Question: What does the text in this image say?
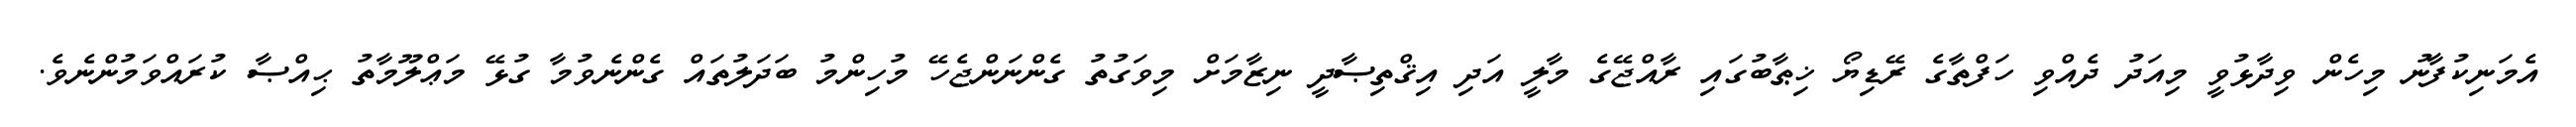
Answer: އެމަނިކުފާނު މިހެން ވިދާޅުވީ މިއަދު ދެއްވި ހަފްތާގެ ރޭޑިޔޯ ޚިޠާބުގައި ރާއްޖޭގެ މާލީ އަދި އިޤްތިޞާދީ ނިޒާމަށް މިވަގުތު ގެންނަންޖެހޭ މުހިންމު ބަދަލުތައް ގެންނެވުމާ ގުޅޭ މަޢްލޫމާތު ޙިއްޞާ ކުރައްވަމުންނެވެ.